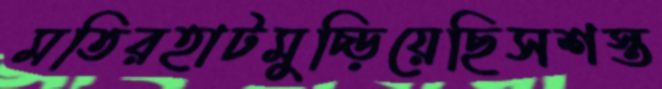
মতিরহাটমুচ্‌ড়িয়েছিসশস্ত